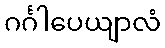
ဂင်္ဂါပေယျာလံ